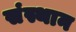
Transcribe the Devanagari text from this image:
संस्थान